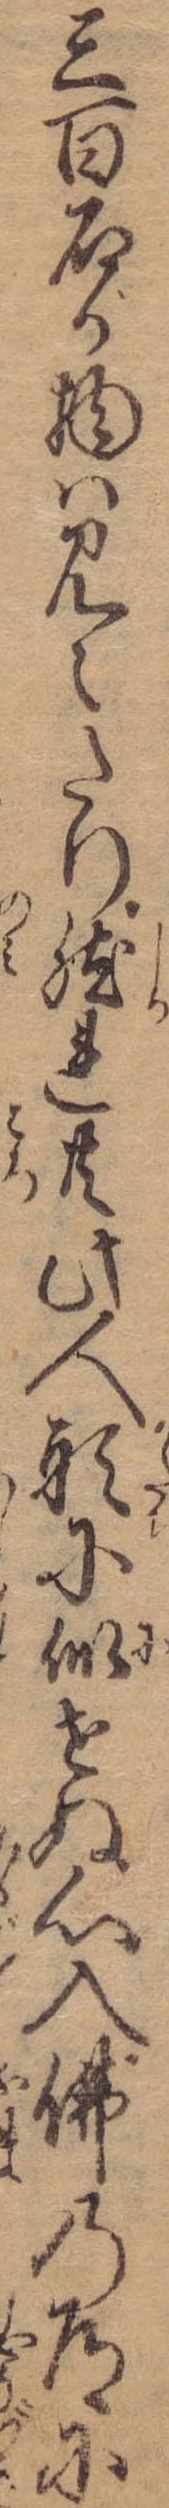
三百石が物は見えたり然れ共此人形に似せぬ心入仏の道に